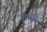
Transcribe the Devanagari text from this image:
श्रीमूर्ति